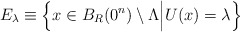
\begin{align*}E_{\lambda}\equiv\Big\{x\in B_{R}(0^n)\setminus\Lambda\Big| U(x)=\lambda\Big\}\end{align*}